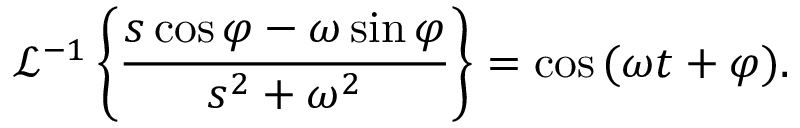
{ \mathcal { L } } ^ { - 1 } \left\{ { \frac { s \cos \varphi - \omega \sin \varphi } { s ^ { 2 } + \omega ^ { 2 } } } \right\} = \cos { ( \omega t + \varphi ) } .